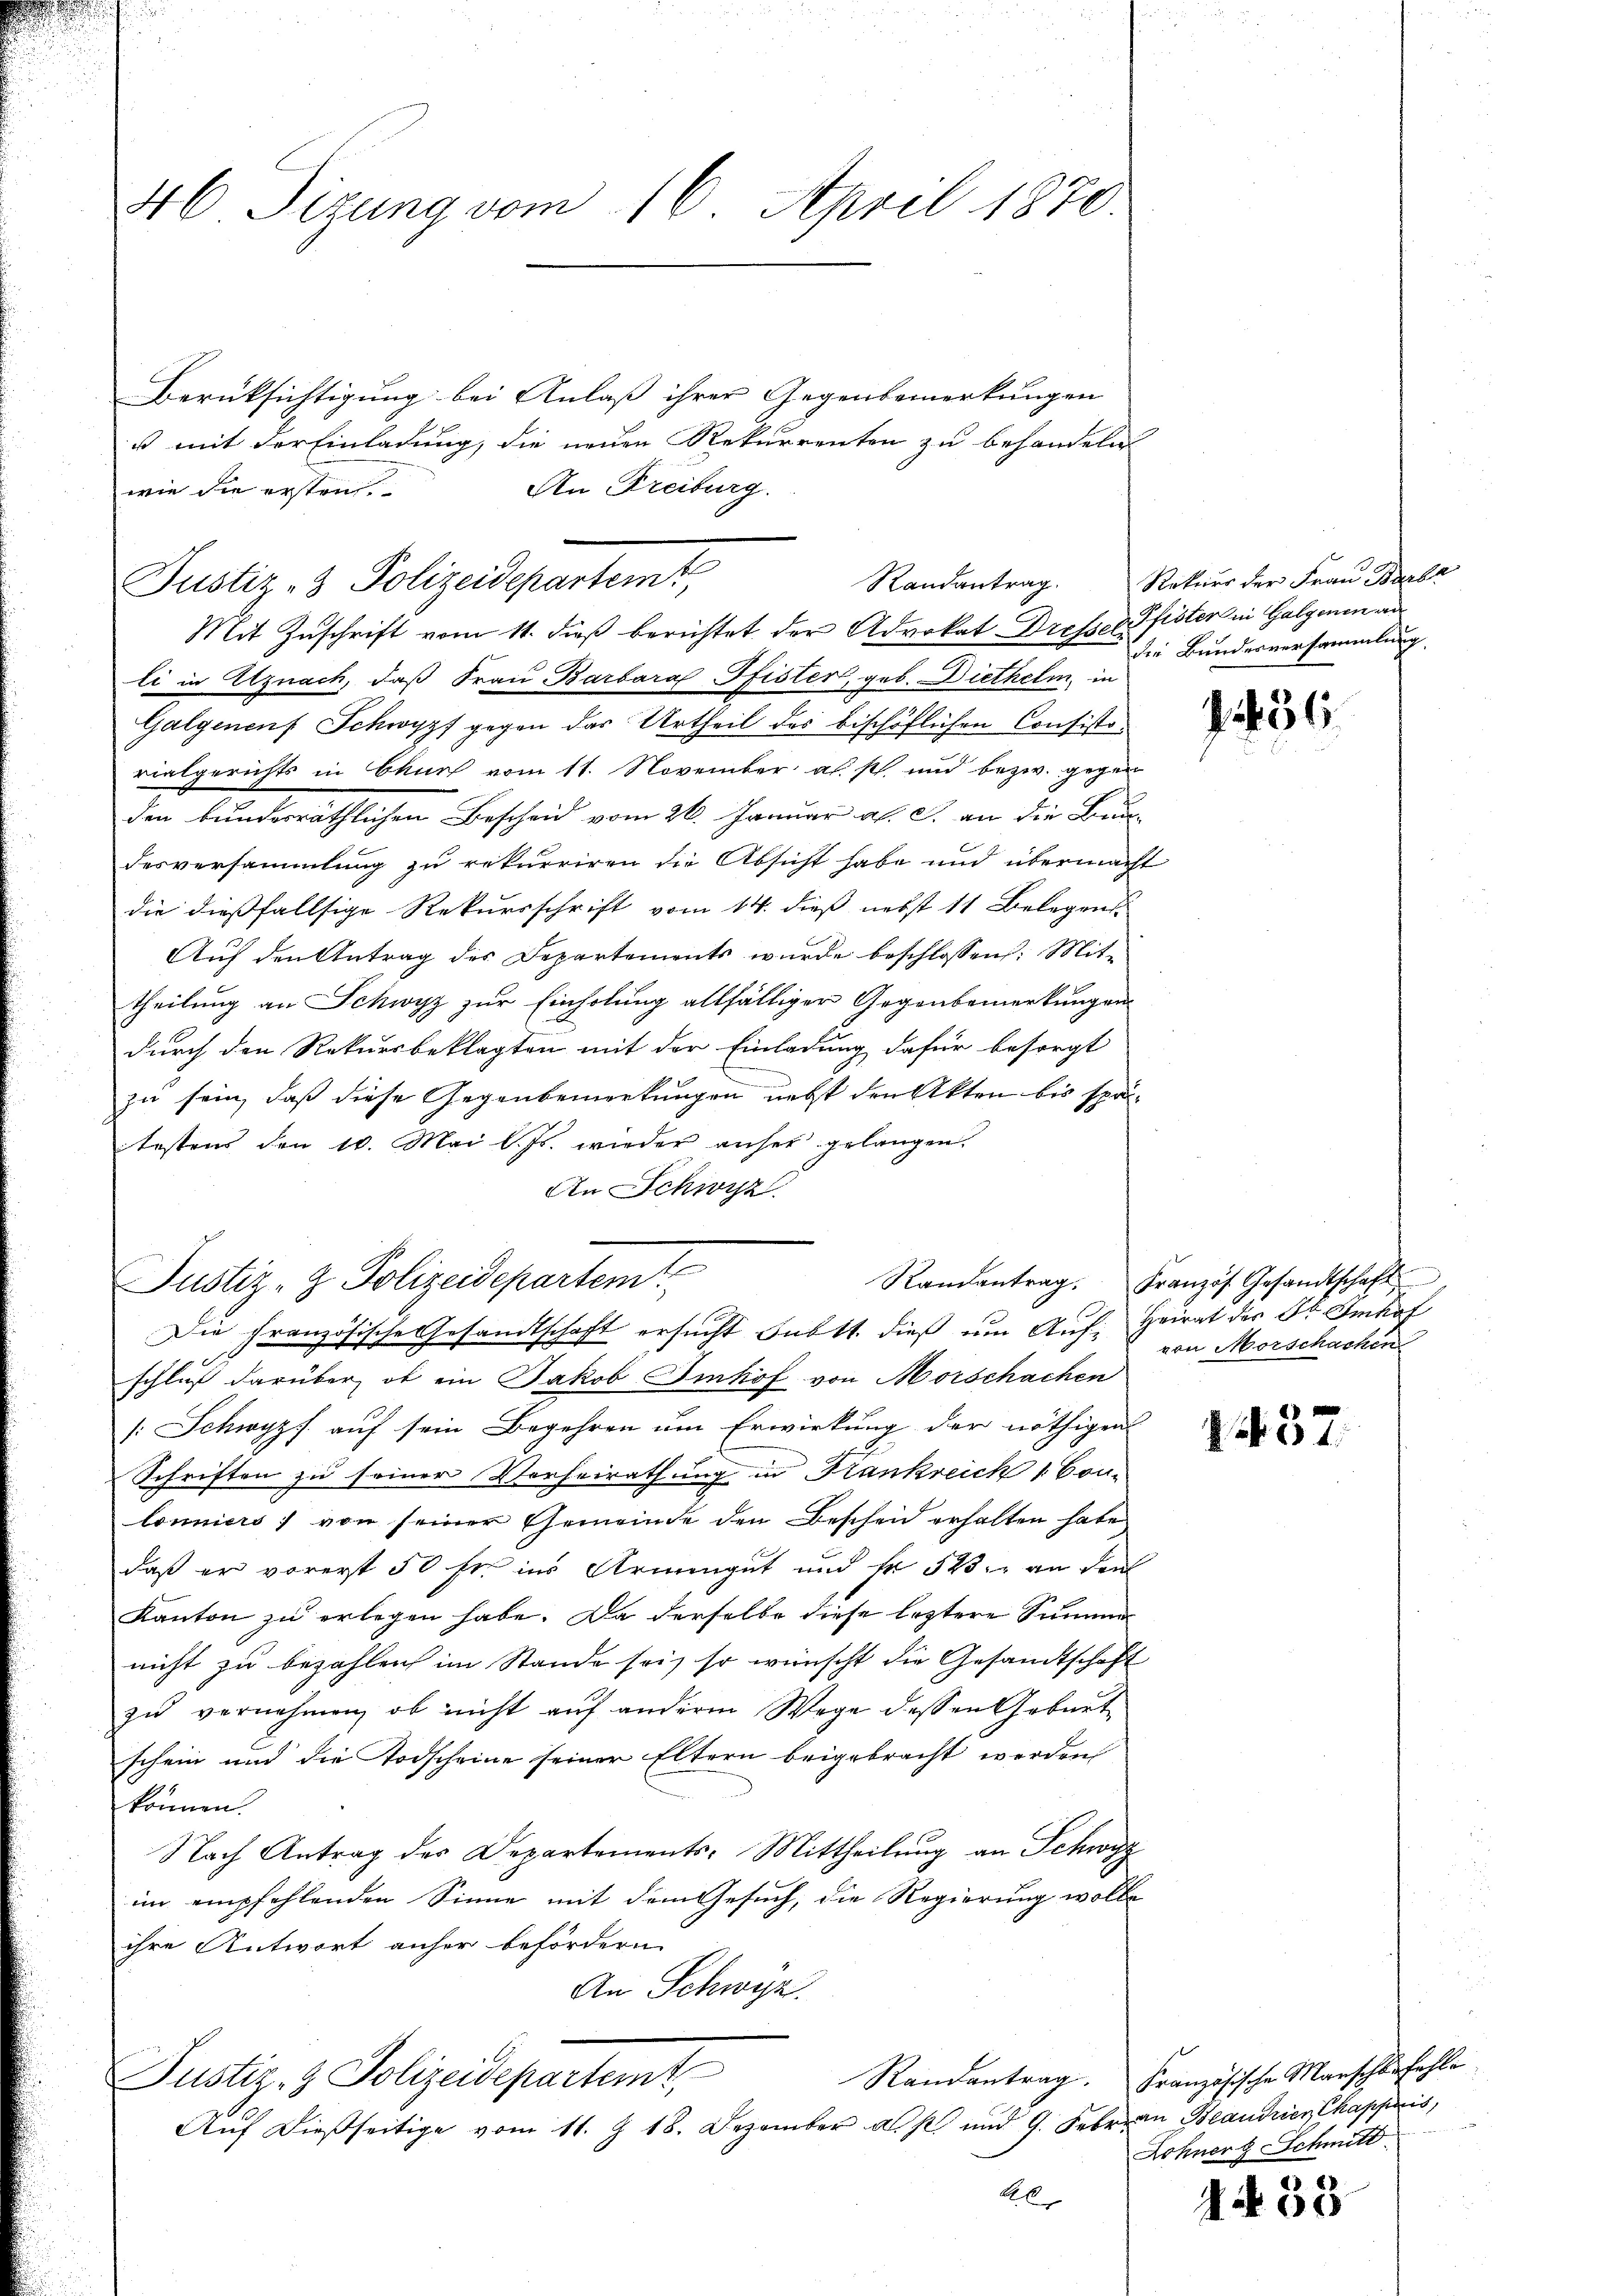
46 Sizung vom 16. April 1870.

Berüksichtigung bei Anlaß ihrer Gegenbemerkungen
ß mit der Einladung, die neuen Rekurrenten zu behandeln.
An Freiburg.
wie die ersten
Mit Zŭschrift vom 11. dieβ berichtet der Advokat Dresser Pfister in Galgenen an
li in Utznach, daß Frau Barbara Pfister, geb. Diethelm, in
Galgenenf Schwypf gegen das Urtheil des bischöflichen Consistorialgerichts in Chur vom 11. November als p. und bezw. gegen
den bundesräthlichen Bescheid vom 26. Januar a. c. an die Bun-
desversammlung zu rekurriren die Absicht habe und übermacht
die dießfallsige Rekursschrift vom 14. dieß nebst 11 Belegens-
Auf den Antrag des Departements wurde beschlossen: Mit-
theilung an Schwyz zur Einholung allfälliger Gegenbemerkungen
durch den Rekursbeklagten mit der Einladung dafür besorgt
zu sein, daß diese Gegenbemerkungen nebst den Akten bis spä-
fostens den 10. Mai l. Js. wieder anser gelangen.
An Schwyz
schluß darüber, ob ein Jakob Imhof von Morschachen
: Schwyz auf sein Begehren um Erwirkung der nöthigen
Schriften zu seiner Vorheirathung in Frankreich 1 Con-
lonniers) von seiner Gemeinde den Bescheid erhalten habe
daß er vorerst 50 fr. ins Armengut und fr 543 an den
Kanton zu erlegen habe. Da derselbe diese leztere Summe
nicht zu bezahlen im Stande sei, so wünscht die Gesandtschaft
zŭ vernehmen, ob nicht aŭf anderm Wege dessen Geburt
schein und die Todscheine seiner Eltern beigebracht werden
können.
Nach Antrag des Departements-Mittheilung an Schwyz
im empfehlenden Sinne mit dem Gesuch, die Regierung wolle
ihre Antwort anher befördern
An Schwyz.
Justiz- & Polizeidepartemt,
Auf dießseitige vom 11. Z. 18. Dezember als und 9. Febr. an Beaudien Chappais
A

Randantrag.
Justiz- & Polizeidepartemt,

Justiz- & Polizeidepartemt
Die Französische Gesandtschaft ersucht Subtt. dieß um Auf Heirat der Dr. Imhof

Rekurs der Frau Barbr
die Bundesversammlung

3

Randantrag. Französ. Gesandtschaft
von Morschachen

137.

Randantrag. Französische Marschbefehl
Lohner Schmitt

A 38